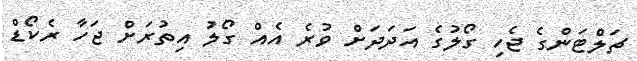
ޗަލްޓަންގެ ޖެހި ގޯލުގެ އަދަދަށް ވުރެ އެއް ގޯލު އިތުރަށް ޖަހާ ރެކޯޑް